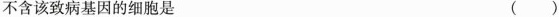
不含该致病基因的细胞是（）